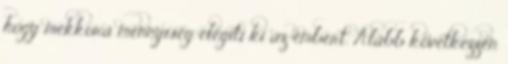
hogy mekkora mennyiség elégíti ki az embert. Alább következzen